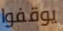
يوقفوا